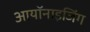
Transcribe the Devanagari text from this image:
आयॉनाइजिंग